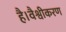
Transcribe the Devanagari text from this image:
है।वैश्वीकरण